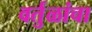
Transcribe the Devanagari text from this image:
वर्तुळांचा